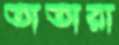
তাতারা